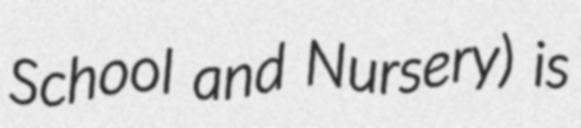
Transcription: School and Nursery) is